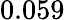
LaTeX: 0.059